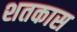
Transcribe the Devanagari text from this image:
शतकास